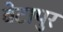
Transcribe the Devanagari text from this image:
बेटापुर